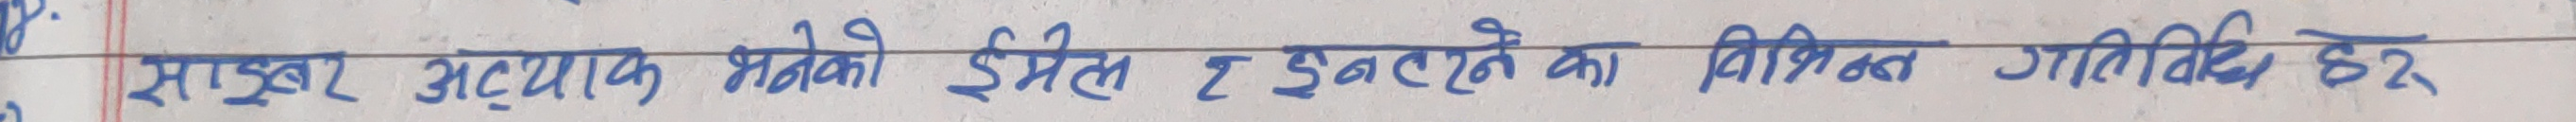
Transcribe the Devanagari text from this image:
साइबर अध्यापक भनेको ईमेल र इन्टरनेटका विभिन्न गतिविधि हरु